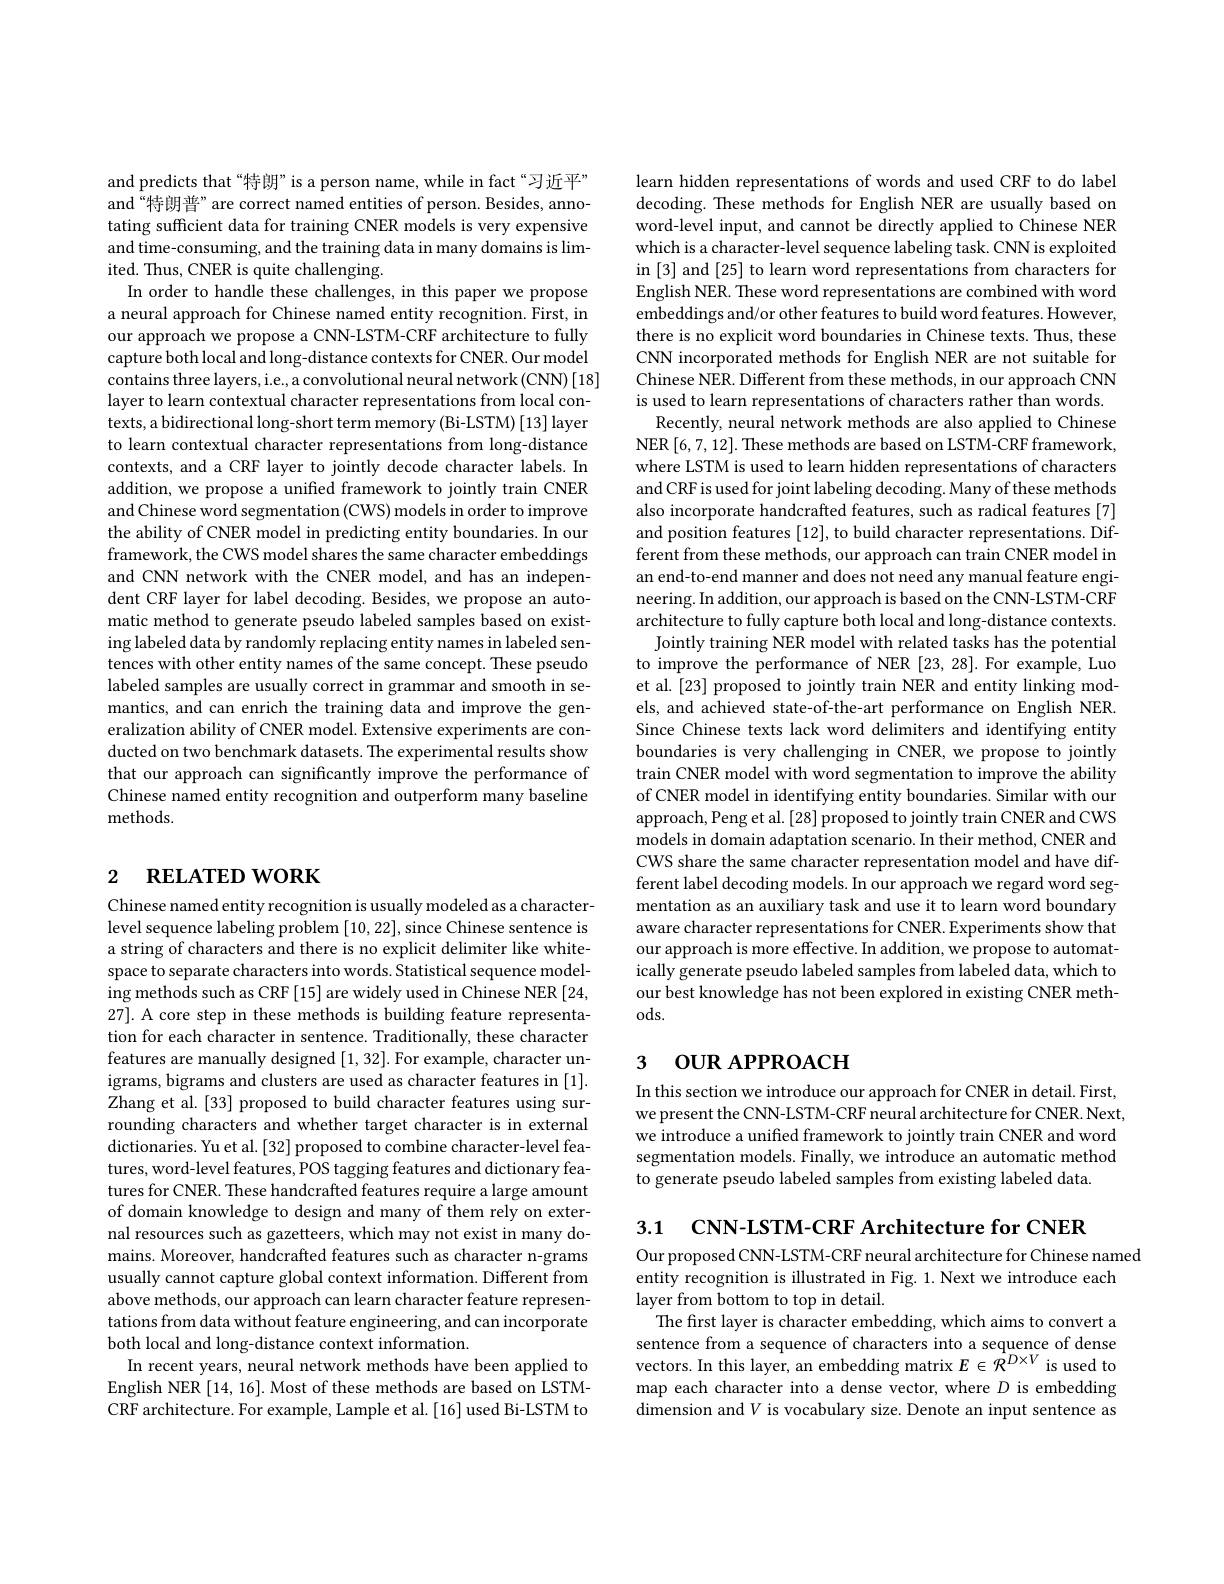
and predicts that“特朗”is a person name, while in fact“习近平” and“特朗普”are correct named entities of person. Besides, annotating sufficient data for training CNER models is very expensive and time-consuming, and the training data in many domains is limited. Thus, CNER is quite challenging.
In order to handle these challenges, in this paper we propose a neural approach for Chinese named entity recognition. First, in our approach we propose a CNN-LSTM-CRF architecture to fully capture both local and long-distance contexts for CNER. Our model contains three layers, i.e., a convolutional neural network (CNN)[18] layer to learn contextual character representations from local contexts, a bidirectional long-short term memory(Bi-LSTM) [13] layer to learn contextual character representations from long-distance contexts, and a CRF layer to jointly decode character labels. In addition, we propose a unified framework to jointly train CNER and Chinese word segmentation (CWS) models in order to improve the ability of CNER model in predicting entity boundaries. In our framework, the CWS model shares the same character embeddings and CNN network with the CNER model, and has an independent CRF layer for label decoding. Besides, we propose an automatic method to generate pseudo labeled samples based on existing labeled data by randomly replacing entity names in labeled sentences with other entity names of the same concept. These pseudo labeled samples are usually correct in grammar and smooth in semantics, and can enrich the training data and improve the generalization ability of CNER model. Extensive experiments are conducted on two benchmark datasets. The experimental results show that our approach can significantly improve the performance of Chinese named entity recognition and outperform many baseline methods.

# 2 RELATED WORK

Chinese named entity recognition is usually modeled as a characterlevel sequence labeling problem [10,22], since Chinese sentence is a string of characters and there is no explicit delimiter like whitespace to separate characters into words. Statistical sequence modeling methods such as CRF [15] are widely used in Chinese NER [24, 27]. A core step in these methods is building feature representation for each character in sentence. Traditionally, these character features are manually designed [1,32]. For example, character unigrams, bigrams and clusters are used as character features in [1]. Zhang et al. [33] proposed to build character features using surrounding characters and whether target character is in external dictionaries. Yu et al. [32] proposed to combine character-level features, word-level features, POS tagging features and dictionary features for CNER. These handcrafted features require a large amount of domain knowledge to design and many of them rely on external resources such as gazetteers, which may not exist in many domains. Moreover, handcrafted features such as character n-grams usually cannot capture global context information. Different from above methods, our approach can learn character feature representations from data without feature engineering, and can incorporate both local and long-distance context information.
In recent years, neural network methods have been applied to English NER [14, 16]. Most of these methods are based on LSTMCRF architecture. For example, Lample et al. [16] used Bi-LSTM to

learn hidden representations of words and used CRF to do label decoding. These methods for English NER are usually based on word-level input, and cannot be directly applied to Chinese NER which is a character-level sequence labeling task. CNN is exploited in [3] and [25] to learn word representations from characters for English NER. These word representations are combined with word embeddings and/or other features to build word features. However, there is no explicit word boundaries in Chinese texts. Thus, these CNN incorporated methods for English NER are not suitable for Chinese NER. Different from these methods, in our approach CNN is used to learn representations of characters rather than words.
Recently, neural network methods are also applied to Chinese NER [6,7,12]. These methods are based on LSTM-CRF framework, where LSTM is used to learn hidden representations of characters and CRF is used for joint labeling decoding. Many of these methods also incorporate handcrafted features, such as radical features [7] and position features [12], to build character representations. Dif- $\hat{\text{ferent from these methods, our approach can train CNER model in}}$ an end-to-end manner and does not need any manual feature engineering. In addition, our approach is based on the CNN-LSTM-CRF architecture to fully capture both local and long-distance contexts.
Jointly training NER model with related tasks has the potential to improve the performance of NER [23,28]. For example, Luo et al. [23] proposed to jointly train NER and entity linking models, and achieved state-of-the-art performance on English NER. Since Chinese texts lack word delimiters and identifying entity boundaries is very challenging in CNER, we propose to jointly train CNER model with word segmentation to improve the ability of CNER model in identifying entity boundaries. Similar with our approach, Peng et al. [28] proposed to jointly train CNER and CWS models in domain adaptation scenario. In their method, CNER and CWS share the same character representation model and have different label decoding models. In our approach we regard word segmentation as an auxiliary task and use it to learn word boundary aware character representations for CNER. Experiments show that our approach is more effective. In addition, we propose to automatically generate pseudo labeled samples from labeled data, which to our best knowledge has not been explored in existing CNER methods.

# 3 OUR APPROACH

In this section we introduce our approach for CNER in detail. First, we present the CNN-LSTM-CRF neural architecture for CNER. Next, we introduce a unified framework to jointly train CNER and word segmentation models. Finally, we introduce an automatic method to generate pseudo labeled samples from existing labeled data.

3.1 $\mathbf{CNN- LSTM- CRFArchitectureforCNER}$

Our proposed CNN-LSTM-CRF neural architecture for Chinese named
entity recognition is illustrated in Fig. 1. Next we introduce each
layer from bottom to top in detail.

The first layer is character embedding, which aims to convert a sentence from a sequence of characters into a sequence of dense vectors. In this layer, an embedding matrix $E\in{\mathcal{R}}^{D\times V}$ is used to map each character into a dense vector, where $D$ is embedding dimension and $V$ is vocabulary size. Denote an input sentence as